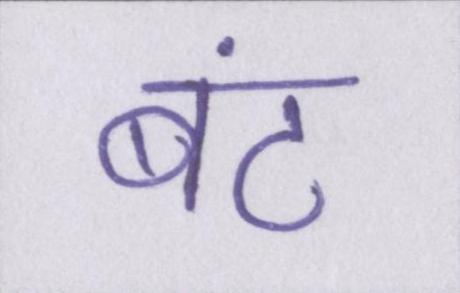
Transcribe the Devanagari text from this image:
बंट